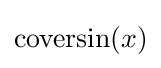
\operatorname {coversin} (x)